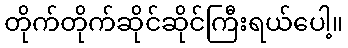
တိုက်တိုက်ဆိုင်ဆိုင်ကြီးရယ်ပေါ့။